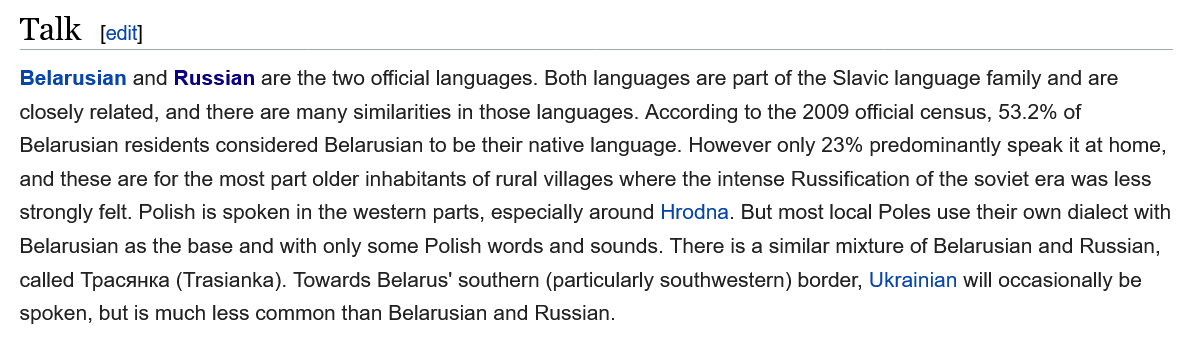
Talk    [edit]
   Belarusian and Russian are the two official languages. Both languages are part of the Slavic language family and are
  closely related, and there are many similarities in those languages. According to the 2009 official census, 53.2% of
   Belarusian residents considered Belarusian to be their native language. However only 23% predominantly speak it at home,
  and these are for the most part older inhabitants of rural villages where the intense Russification of the soviet era was less
  strongly felt. Polish is spoken in the western parts, especially around Hrodna. But most local Poles use their own dialect with
   Belarusian as the base and with only some Polish words and sounds. There is a similar mixture of Belarusian and Russian,
  called Tpacauka (Trasianka). Towards Belarus’ southern (particularly southwestern) border, Ukrainian will occasionally be
  spoken, but is much less common than Belarusian and Russian.